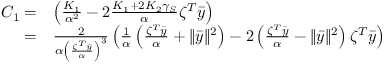
\begin{array} { r l } { C _ { 1 } = } & { \left( \frac { K _ { 1 } } { \alpha ^ { 2 } } - 2 \frac { K _ { 1 } + 2 K _ { 2 } \gamma _ { S } } { \alpha } \zeta ^ { T } \bar { y } \right) } \\ { = } & { \frac { 2 } { \alpha \left( \frac { \zeta ^ { T } \bar { y } } { \alpha } \right) ^ { 3 } } \left( \frac { 1 } { \alpha } \left( \frac { \zeta ^ { T } \bar { y } } { \alpha } + \| \bar { y } \| ^ { 2 } \right) - 2 \left( \frac { \zeta ^ { T } \bar { y } } { \alpha } - \| \bar { y } \| ^ { 2 } \right) \zeta ^ { T } \bar { y } \right) } \end{array}